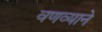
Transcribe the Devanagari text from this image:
वणव्याने